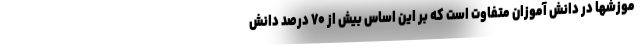
موزشها در دانش آموزان متفاوت است که بر این اساس بیش از ۷۰ درصد دانش